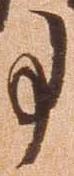
事